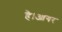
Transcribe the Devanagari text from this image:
है।आगर